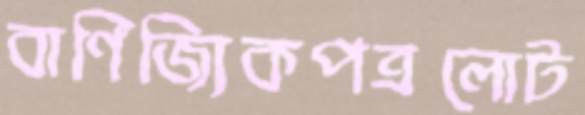
বাণিজ্যিকপত্রলোট